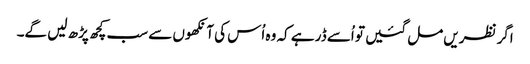
اگر نظریں مل گئیں تو اُسے ڈر ہے کہ وہ اُس کی آنکھوں سے سب کچھ پڑھ لیں گے۔